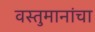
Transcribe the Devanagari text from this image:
वस्तुमानांचा